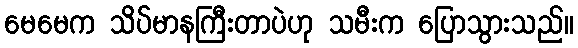
မေမေက သိပ်မာနကြီးတာပဲဟု သမီးက ပြောသွားသည်။